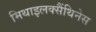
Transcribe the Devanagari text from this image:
मिथाइलक्सैंथिनेस